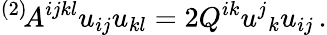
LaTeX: {}^{(2)}\! A^{ijkl}u_{ij}u_{kl}=2Q^{ik}u^{j}{}_{k}u_{ij}\, .